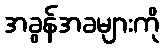
အခွန်အခများကို